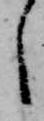
し